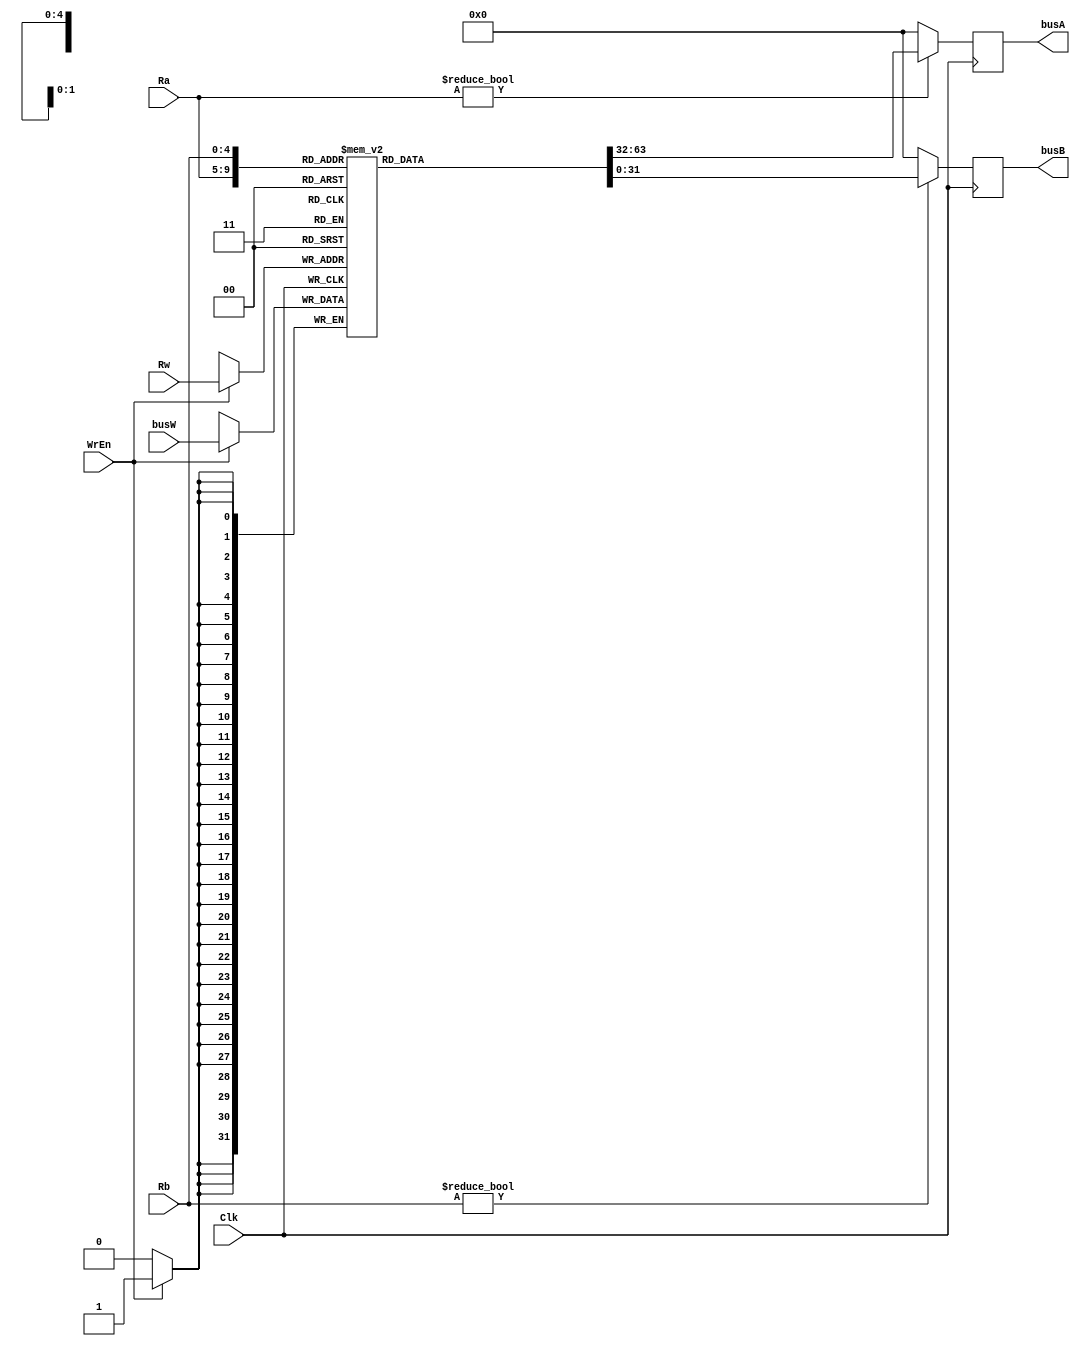


module rf(Clk,WrEn,Ra,Rb,Rw,busW,busA,busB);

input Clk,WrEn;
input [4:0]Rw,Ra,Rb;
input [31:0]busW;
output reg [31:0]busA,busB;

reg[31:0] Rf[31:0];

integer i;

initial
begin 
	for (i=0;i<32;i=i+1)
	      Rf[i] = 32'd0;
	/*
	Rf[0] = 32'd0;
	Rf[1] = 32'd1;
	Rf[8]  = 32'h0000_0001;
	Rf[11] = 32'h0000_1111;
	Rf[12] = 32'h0000_0000;

	Rf[18] = 32'h0000_0000;		
	Rf[19] = 32'h0000_0000;

	Rf[20] = 32'h0000_000a;		
	Rf[21] = 32'h0000_0005;*/
end

always @ (negedge Clk)
begin
	if(WrEn)
		Rf[Rw] <= busW;
end
	
always @ (posedge Clk)
begin
	busA <= (Ra != 0) ? Rf[Ra] : 0;
    busB <= (Rb != 0) ? Rf[Rb] : 0;
end
endmodule